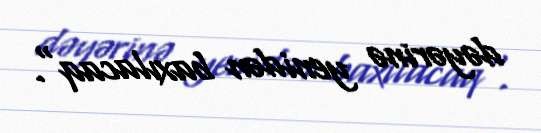
dəyərinə yenidən baxılacaq".